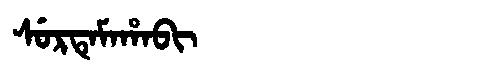
Manchu: ᠰᡠᡵᡨᡝᠮᠠᡥᠠᠪᡳ
Romanization: SURTEMAHABI